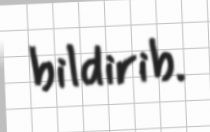
bildirib.